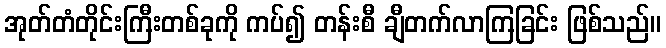
အုတ်တံတိုင်းကြီးတစ်ခုကို ကပ်၍ တန်းစီ ချီတက်လာကြခြင်း ဖြစ်သည်။